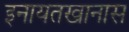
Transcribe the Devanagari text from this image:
इनायतखानास